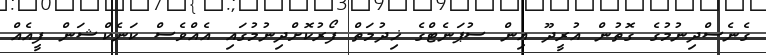
ގެނެސްދިނުމުގެ ގޮތުން އުރީދޫ އިން ސުޕަނެޓްގެ ޚިދުމަތް ފޯރުކޮށްދިނުމުގައި އެއްވެސް ކަނެކްޝަން ފީއެއް